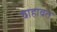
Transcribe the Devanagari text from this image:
वाहावत